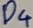
Text: D4